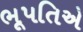
ભૂપતિએ